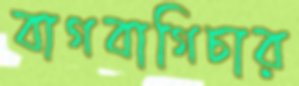
বাগবাগিচার